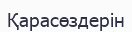
Қарасөздерін